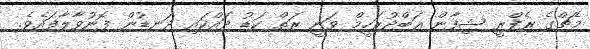
މެޗްގެ ރެފްރީ ޝިފާން ޢަބްދުރަހީމް ވަނީ ރަތް ކަޑު ދައްކައި ދަނޑުން ފޮނުވާލާފައެވެ.